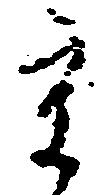
京